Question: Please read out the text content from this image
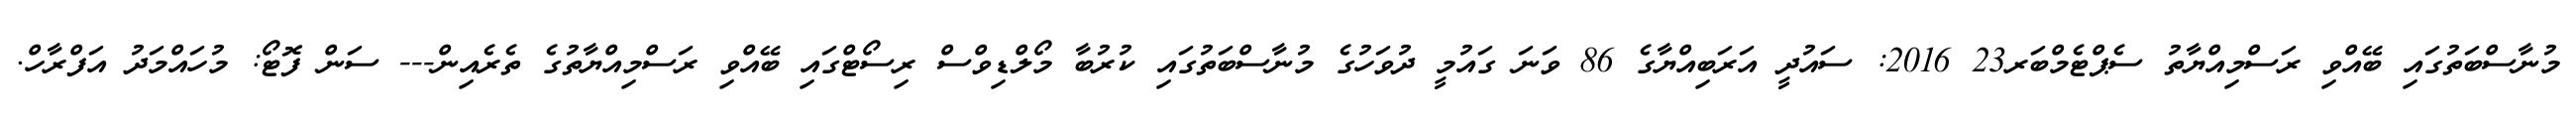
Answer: މުނާސްބަތުގައި ބޭއްވި ރަސްމިއްޔާތު ސެޕްޓެމްބަރ23 2016: ސައުދީ އަރަބިއްޔާގެ 86 ވަނަ ގައުމީ ދުވަހުގެ މުނާސްބަތުގައި ކުރުބާ މޯލްޑިވްސް ރިސޯޓްގައި ބޭއްވި ރަސްމިއްޔާތުގެ ތެރެއިން--- ސަން ފޮޓޯ: މުހައްމަދު އަފްރާހް.